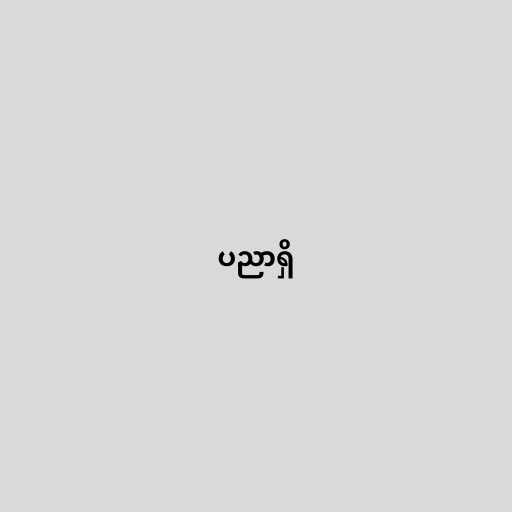
ပညာရှိ